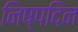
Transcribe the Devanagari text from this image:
निष्पदिन